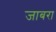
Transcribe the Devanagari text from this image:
जाबरा